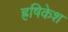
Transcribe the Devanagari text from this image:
ह्रषिकेश